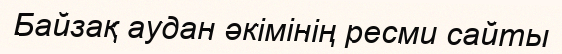
Байзақ аудан әкімінің ресми сайты